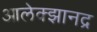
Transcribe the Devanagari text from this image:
आलेक्झानद्र